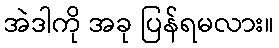
အဲဒါကို အခု ပြန်ရမလား။